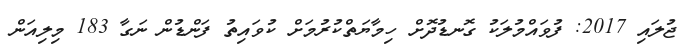
ޖުލައި 2017: ފުވައްމުލަކު ގޮނޑުދޮށް ހިމާޔަތްކުރުމަށް ކުވައިތު ފަންޑުން ނަގާ 183 މިލިއަން